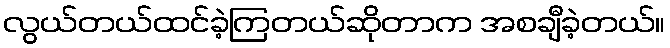
လွယ်တယ်ထင်ခဲ့ကြတယ်ဆိုတာက အစချီခဲ့တယ်။